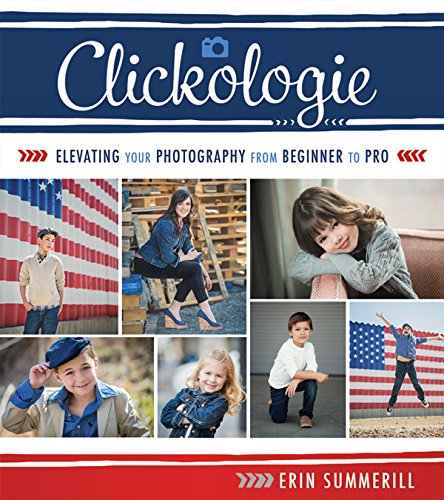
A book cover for Clickologie: Elevating Your Photography from Beginner to Pro; Erin Summerill; Arts & Photography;